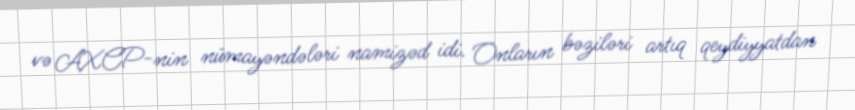
və AXCP-nin nümayəndələri namizəd idi. Onların bəziləri artıq qeydiyyatdan